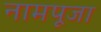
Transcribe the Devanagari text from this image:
नामपूजा